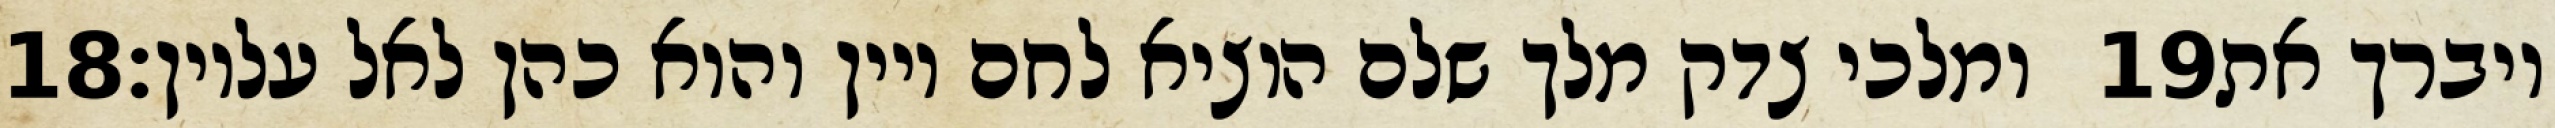
‎18‏ ומלכי צדק מלך שלם הוציא לחם ויין והוא כהן לאל עליון׃ ‎19‏ ויברך את